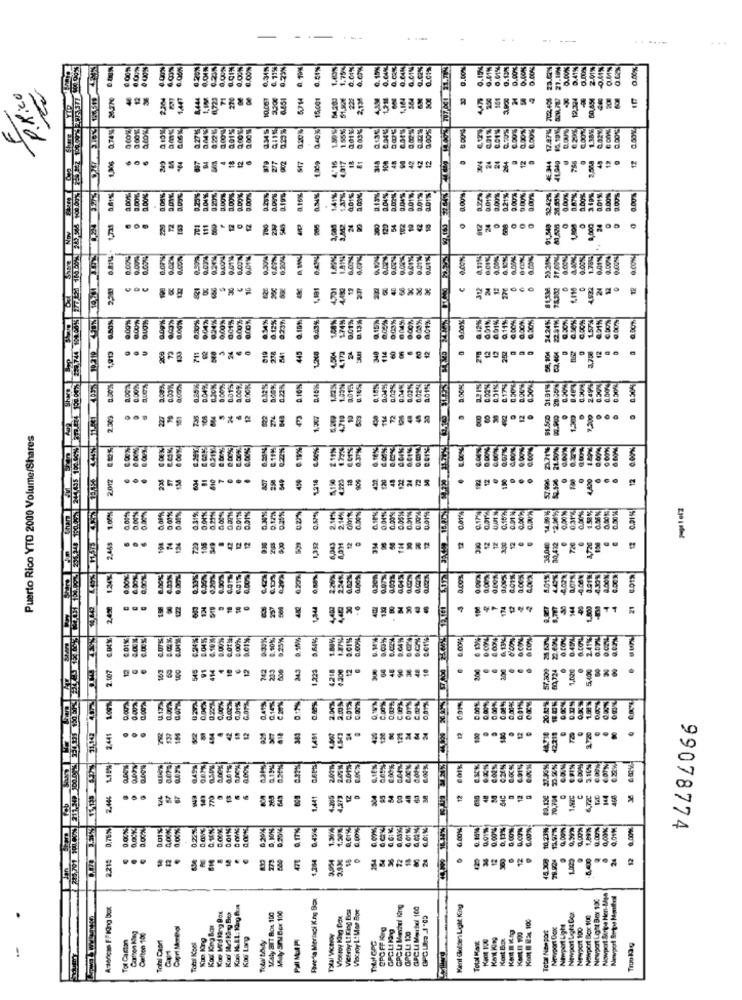
-
....
......
0.08%
.OO%
0.00%
0.225
0.17%
0 19%
0.04%
0.15%
0.64%
0.01%
0.00%
0.15%
0.01%
0.01%
9.13%
9.60%
ONON
0.00%%
23.02%
27.10%
D.41%
0.00%
-0,41%
0.01%
0.02%
0.00%
P.Rico
4444
714
15.001
1.184
12.394
0.74%
0.50%
040%
155%
101%
0.60%
0.13€
K2
517
12
12
4-16
13
3.00%
0.00%
0.16%
2.24%
141%
0.01%
0.13%
LOU's
32.42%
0.00%
111
24
1,800
0.00.
9.011%
1.70 g
9.01%
8
14901
0.09%
030%
0047
0.00%
0.00%
834%
0.12%
0.43%
0.13%
9.15%
9:03%
004%
8.12%%
000%
2424%
1.575%
0.91%
0,00%
0:01%
001%
0.11%
711
3
445
24
12
38,104
3,708
12
224.744
10.219
4173
340
270
0.00%
0.225
D.10%
0.10%
31.51%
2.49
0.00%
0.504
2.303
E
Puerto Rico YTO 2000 Volume/Shares
244 435 100.00%
.11%
0.10%
0.17%
21.500%
0.00%
2.012
807
45%
1.216
4,223
452
120
48
12
12
..
..
...
0,00%
0.00%
Shar
1.00%%
5.00%
214
0.00%
0.04%%
0.311%
0.01%
14.99
-2.00%
0.31%
0.01%
12
12
12
2,468
124
729
936
1,352
114
30,422
1,720
...
.
1.24%
0.DON
0.00%
2.24%.
0.00%
5.00%
1.01%
4.30%
Q.OON
2.450
134
10
257
30
M
144
1.500
4.00%%
30%
0.90%
25%
8.10%%
8.01%
0.00%
0.64%%
0.02%
0.00%
0 13%
O CON
0.4.2L
2.41%
.-
2.107
100
545
742
233
343
1.223
4218
200
10
23,724
1,020
.
·
5,40€
1.00%
100%
3.01%
2010%
12
12
31.142
2.441
129
12211
.
2.00m
2.446
1,441
4.205
12
6.72C
408
213,791 700. 80% E11
U
8.7EN
BOOK
0.20%
0.17%
0.45%
0.00%
0.00%
0.10%%
0.01%
0.004
0.00%
10.23%
13.97%
1.09%
99078774
2.215
254
18
24
5400
12
Favela Merlaci King Box
Newport Light Box 10℃
Nowpert Siripe Non-LAps
Newport S- 1a Monthel
Anterican FF King Box
Viceroy Lt King Dos
Visstroy L: Mor Bor
GPC La Mencheol King
GPCLAMorteol 100
Kent Golden Light King
Kop Mid ling Box
MAly SIT Box. 100
Moly SPM Bex 100
Vionroy King Box
Newport Light Boa
Newport Box 100
Carlton 150
Capri Monthol
GPCLt Ing
Total Non port
Newport Cox
Newport Light
Newport 100
Tot Caston
Total Capri
Kup King
Kos Lang
Tałal VinoY
GPCLI 130
Kent 100
KAK King
Kert Box
Kant Il 100
Totil Kbel
Total Kant